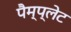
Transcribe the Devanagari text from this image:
पैम्प्लेट